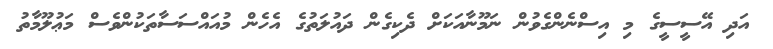
އަދި އޭސީސީގެ މި އިސްނެންގެވުން ނަމޫނާއަކަށް ދެކިގެން ދައުލަތުގެ އެހެން މުއައްސަސާތަކުންވެސް މަޢުލޫމާތު